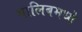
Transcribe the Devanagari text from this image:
गालिबमध्ये